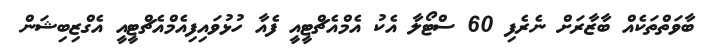
ބާވަތްތަކެއް ބާޒާރަށް ނެރެފި 60 ސްޓޯލާ އެކު އެމްއެޗްޓީއީ ފެއާ ހުޅުވައިފިއެމްއެޗްޓީއީ އެގްޒިބިޝަން